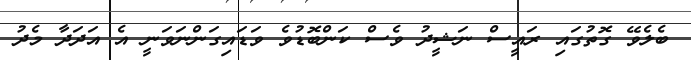
ބެލެވޭ ގޮތުގައި ރަައީސް ނަޝީދު ވެސް ކަންބޮޑުވެ ވަޑައިގަންނަވަނީ އެ އަދަދާ މެދު